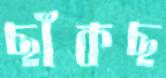
ছাঁকছ